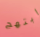
ابتهج